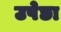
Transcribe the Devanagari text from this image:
उपेछा